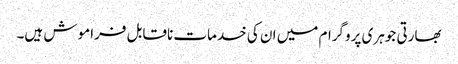
بھارتی جوہری پروگرام میں ان کی خدمات ناقابل فراموش ہیں۔